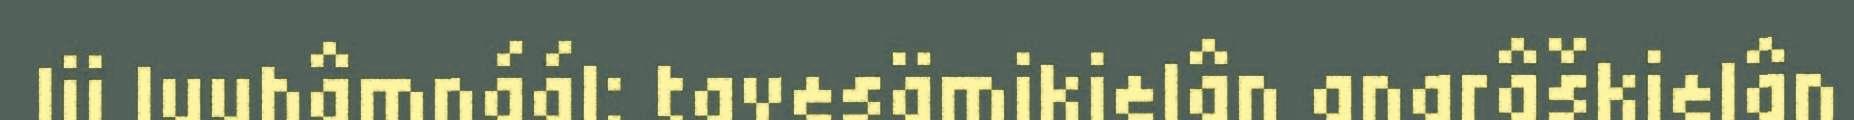
lii luuhâmnáál: tavesämikielân anarâškielân